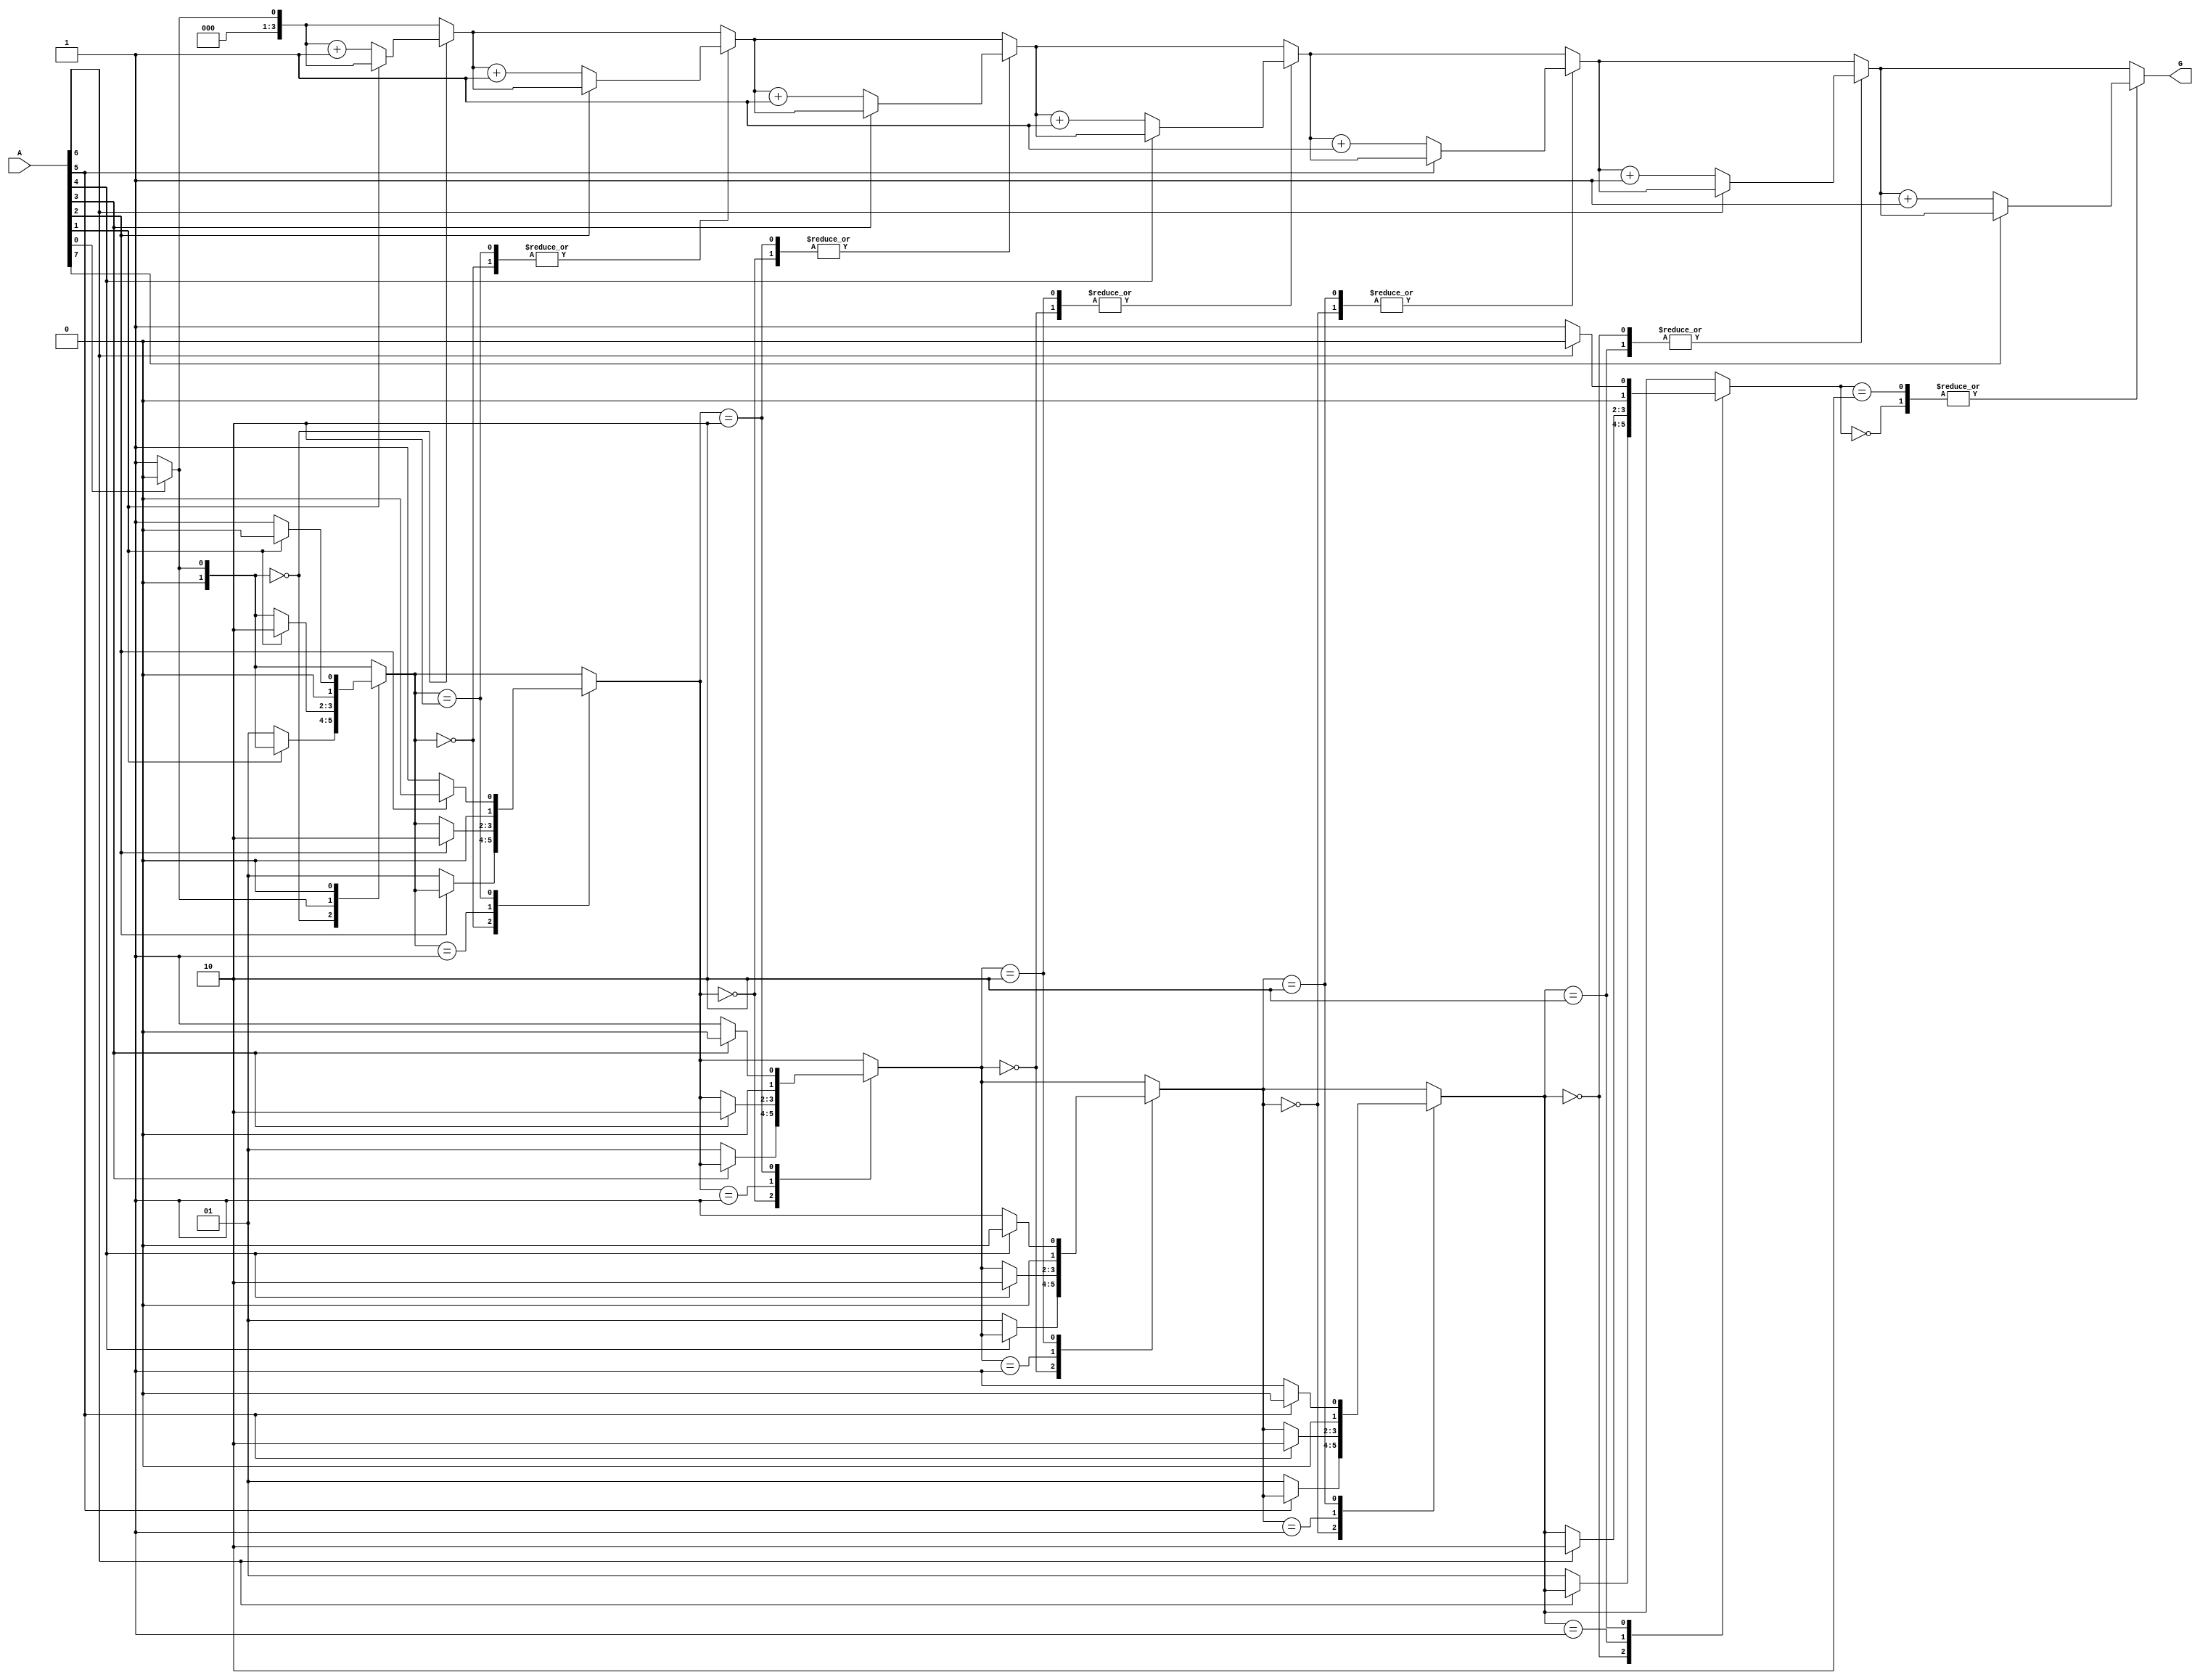
module GroupingOfZeros #(parameter N = 8) (
    input  wire [N-1:0] A,         // Input binary vector
    output reg  [3:0] G             // Output count of groups of contiguous zeros
);

    integer i;
    reg [1:0] state;                // State variable for zero detection
    localparam IDLE = 2'b00,        // Idle state
               IN_ZERO = 2'b01,    // Inside a zero group
               OUT_ZERO = 2'b10;   // Exiting a zero group

    always @(*) begin
        G = 0;                      // Initialize group count
        state = IDLE;              // Reset state

        for (i = 0; i < N; i = i + 1) begin
            case (state)
                IDLE: begin
                    if (A[i] == 0) begin
                        state = IN_ZERO; // Transition to IN_ZERO
                        G = G + 1;       // Increment group count
                    end
                end

                IN_ZERO: begin
                    if (A[i] == 1) begin
                        state = OUT_ZERO; // Transition to OUT_ZERO
                    end
                end

                OUT_ZERO: begin
                    if (A[i] == 0) begin
                        state = IN_ZERO; // Transition back to IN_ZERO
                        G = G + 1;       // Increment group count
                    end else begin
                        state = IDLE;    // Return to IDLE
                    end
                end
            endcase
        end
    end

endmodule